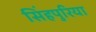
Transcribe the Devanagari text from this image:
सिंहपुरिया